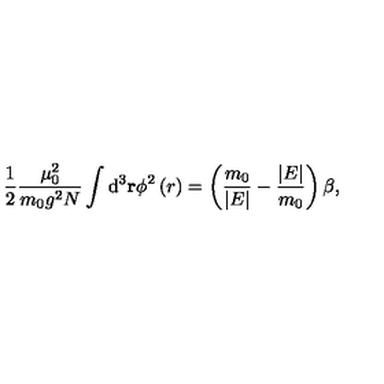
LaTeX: \frac { 1 } { 2 } \frac { \mu _ { 0 } ^ { 2 } } { m _ { 0 } g ^ { 2 } N } \int \mathrm { d } ^ { 3 } { \bf r } \phi ^ { 2 } \left( r \right) = \left( \frac { m _ { 0 } } { \vert E \vert } - \frac { \vert E \vert } { m _ { 0 } } \right) \beta ,